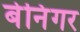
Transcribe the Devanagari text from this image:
बेनिंगर